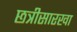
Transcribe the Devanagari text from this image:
छत्रीसारखा